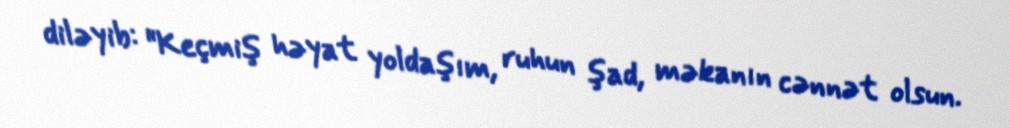
diləyib: "Keçmiş həyat yoldaşım, ruhun şad, məkanın cənnət olsun.